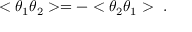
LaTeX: < \theta _ { 1 } \theta _ { 2 } > = - < \theta _ { 2 } \theta _ { 1 } > \ .